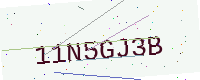
Text: 11N5GJ3B